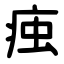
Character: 痋